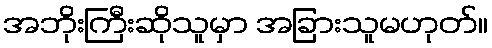
အဘိုးကြီးဆိုသူမှာ အခြားသူမဟုတ်။